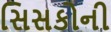
સિસકોની